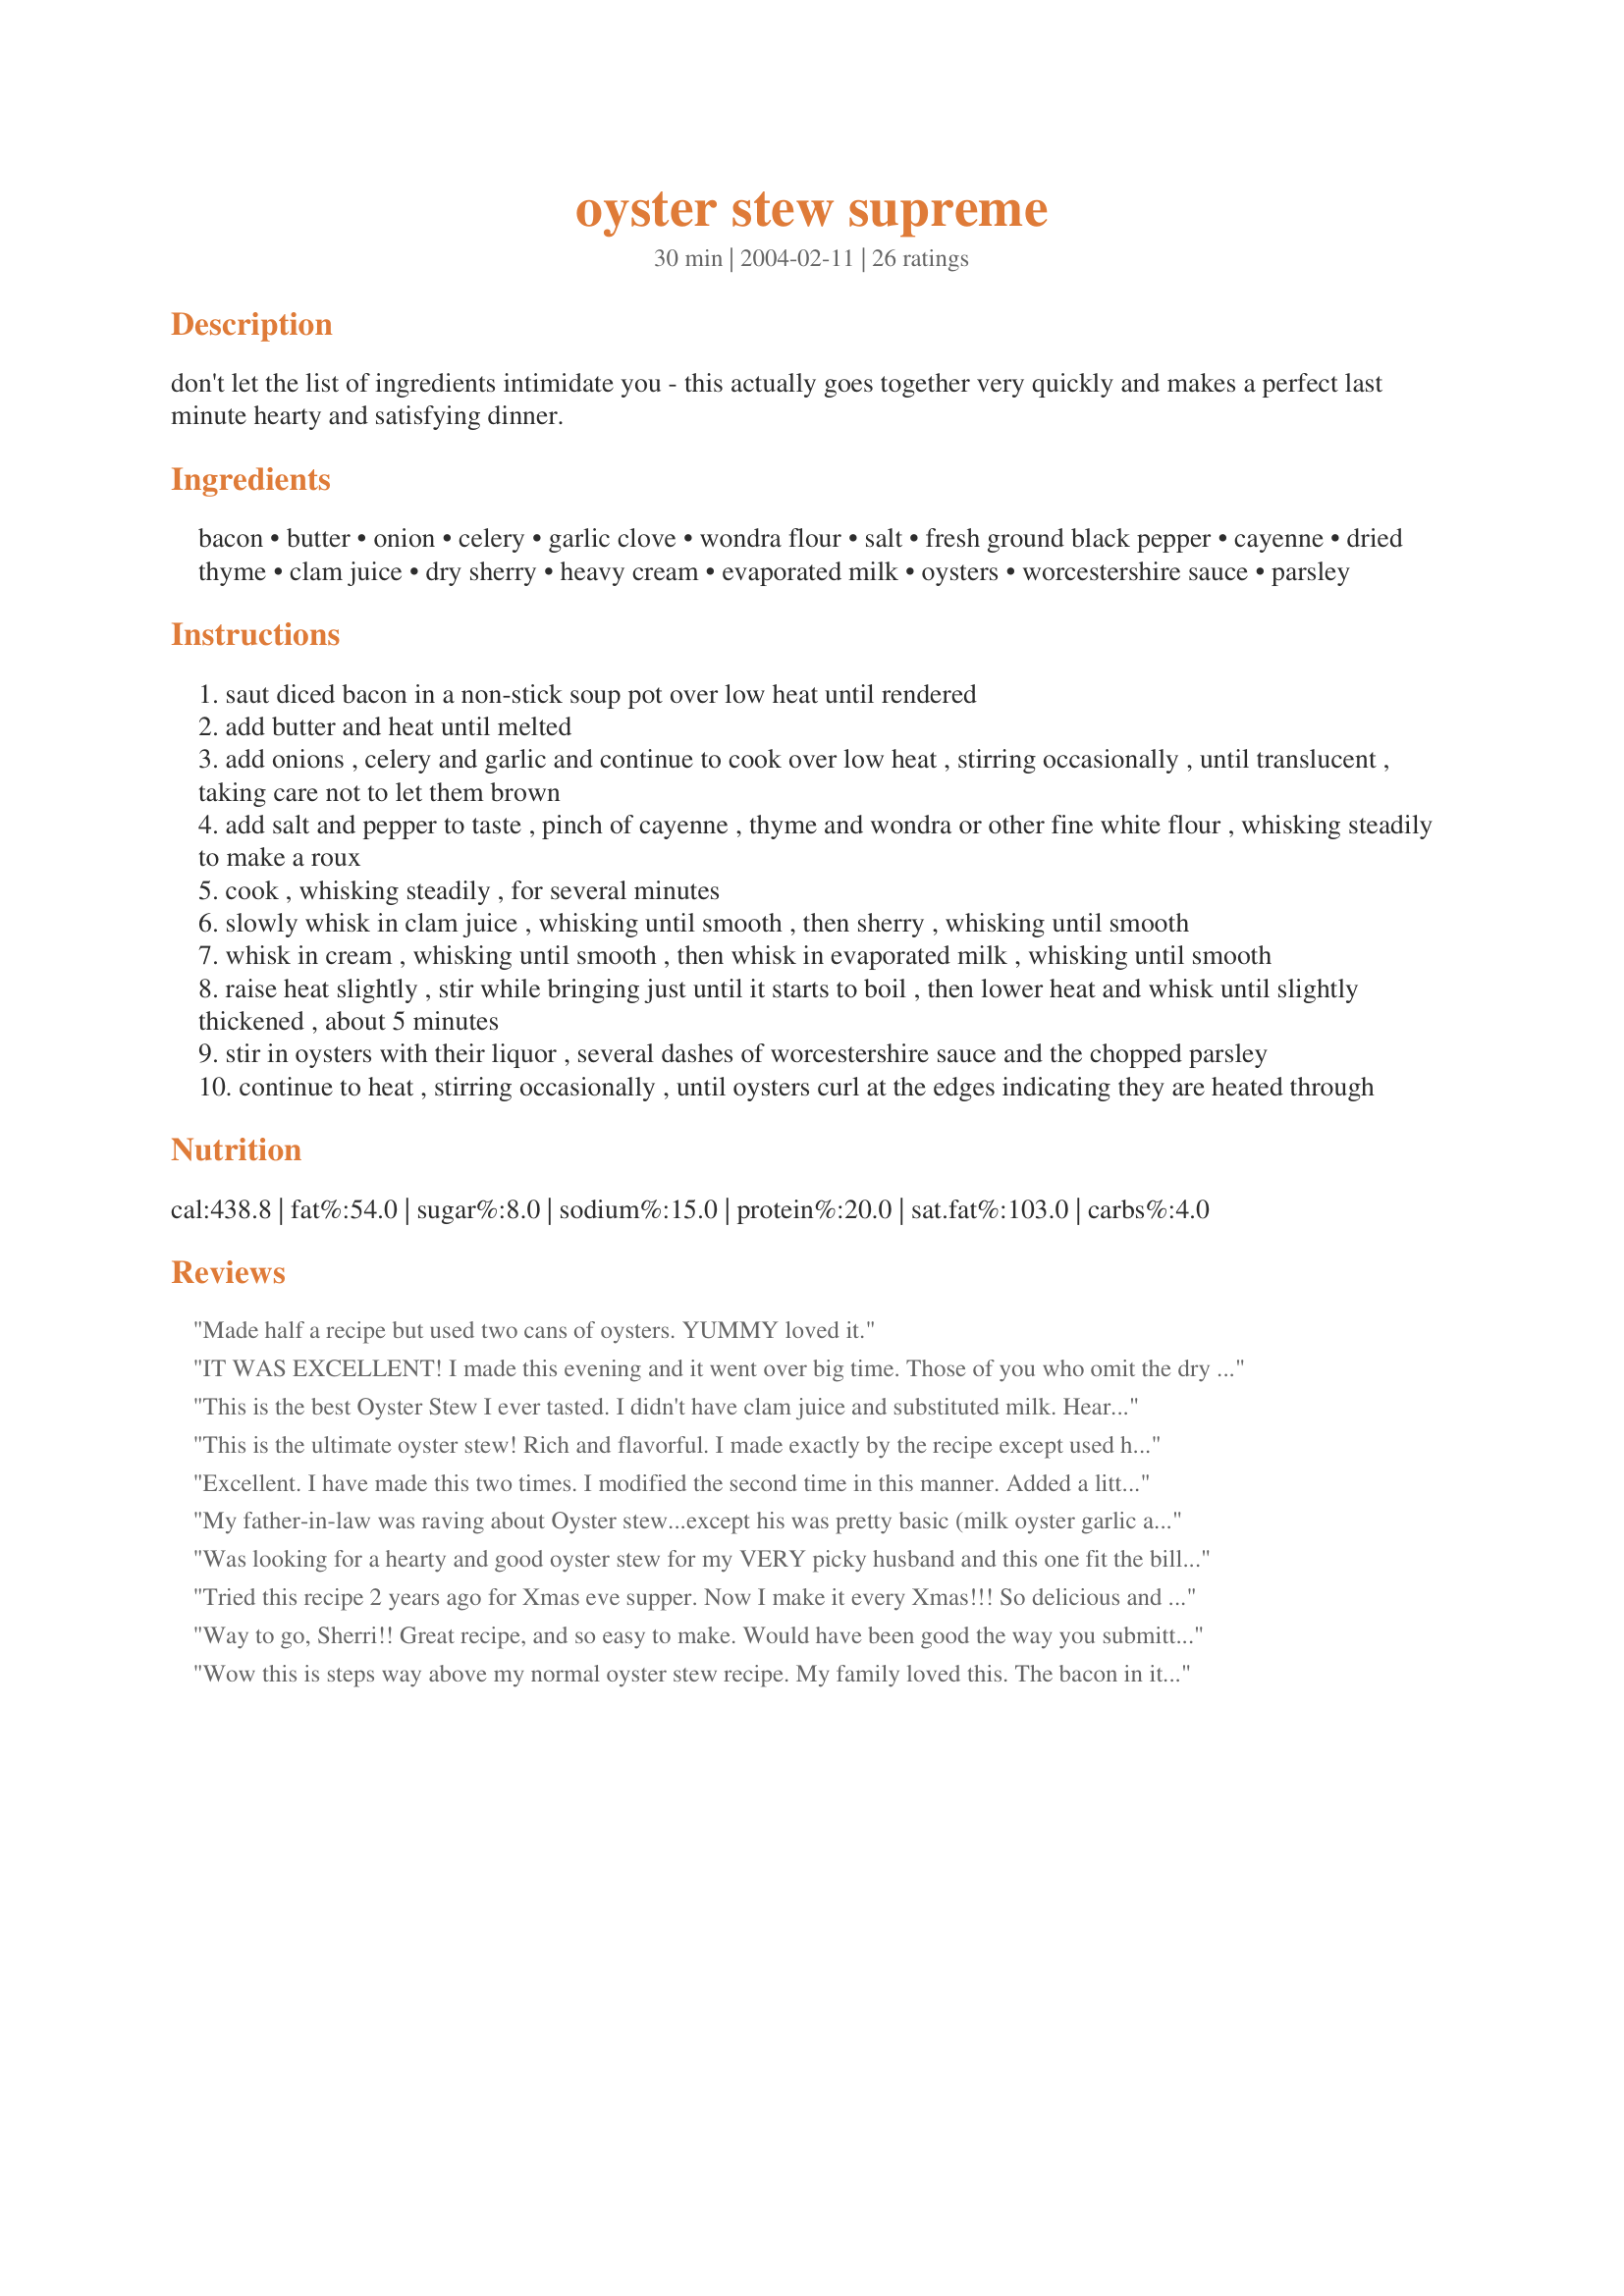
oyster stew supreme
Preparation time: 30 minutes

don't let the list of ingredients intimidate you - this actually goes together very quickly and makes a perfect last minute hearty and satisfying dinner.

Ingredients:
bacon, butter, onion, celery, garlic clove, wondra flour, salt, fresh ground black pepper, cayenne, dried thyme, clam juice, dry sherry, heavy cream, evaporated milk, oysters, worcestershire sauce, parsley

Steps:
saut diced bacon in a non-stick soup pot over low heat until rendered
add butter and heat until melted
add onions , celery and garlic and continue to cook over low heat , stirring occasionally , until translucent , taking care not to let them brown
add salt and pepper to taste , pinch of cayenne , thyme and wondra or other fine white flour , whisking steadily to make a roux
cook , whisking steadily , for several minutes
slowly whisk in clam juice , whisking until smooth , then sherry , whisking until smooth
whisk in cream , whisking until smooth , then whisk in evaporated milk , whisking until smooth
raise heat slightly , stir while bringing just until it starts to boil , then lower heat and whisk until slightly thickened , about 5 minutes
stir in oysters with their liquor , several dashes of worcestershire sauce and the chopped parsley
continue to heat , stirring occasionally , until oysters curl at the edges indicating they are heated through

Reviews:
Made half a recipe but used two cans of oysters. YUMMY loved it.
IT WAS EXCELLENT!

I made this evening and it went over big time. Those of you who omit the dry Sherry are missing a treat. I intended to have this recipe as a starter for our dinner and it became the main meal. I served it with a lightly garlic French style bread, toasted under the broiler, along with a chilled bottle of Pinot Grigio. It was excellent. 

Thank you.
This is the best Oyster Stew I ever tasted. I didn't have clam juice and substituted milk. Hearty and satisfying. Served with a slice of buttered sourdough toast. It tasted so good, I wanted more even after I was full.
This is the ultimate oyster stew!
Rich and flavorful. I made exactly by the recipe except used half and half instead of cream.
This is now our go to oyster stew recipe.
Excellent. I have made this two times. I modified the second time in this manner. Added a little milk to thin just a wee bit. Diced and steamed a potato and added it along with oysters at the end. This is an excellent recipe.
My father-in-law was raving about Oyster stew...except his was pretty basic (milk oyster garlic and milk). Although his sounded just fine I had to try this recipe. Boy am I glad I did! It is unbelievable, simple and quite frankly G-O-U-R-M-E-T!!!!!! I will definitely be making it again. The only changes I made was more garlic, about 1.5 tsp fresh thyme and instead of clam juice (none at the store) I used a little chicken broth & didn't even miss the clam flavor. If you have never tried oysters or oyster stew...you gotta try this!!!!!
Was looking for a hearty and good oyster stew for my VERY picky husband and this one fit the bill. At first the amount of ingrediants was a little surprising, but went together easy and we both loved it and I am NOT a seafood lover. I did add potatoes as suggested in another review & it was great.
Tried this recipe 2 years ago for Xmas eve supper. Now I make it every Xmas!!! So delicious and hearty. I would recommend only half a recipe if making just for 2. As with most cream based soups, it doesn't reheat well.
Way to go, Sherri!! Great recipe, and so easy to make. 
Would have been good the way you submitted, but instead of bacon, I used some leftover ham (from Easter), [cubed]; and 2 medium potatoes [cubed]. Then garnished with 3 sliced scallions. Yummy! My husband loved it, too.
Wow this is steps way above my normal oyster stew recipe. My family loved this. The bacon in it had me concerned it would overpower the oyster flavor.....not so. this is my new Christmas Eve soup from now on. thank you for sharing your recipe.
I enjoyed this oyster stew. My Dad said it is the best he has ever had in his 61 years, so that is saying something. I wish it had more oysters to cream ratio, but that is easily fixed, next time I will add another 1/2 pint or so. Thanks for your recipe!!!
P
I made this recipe today and while I love all of the flavors I found that evaporated milk and heavy cream were a bit too heavy for my tastes and added a bit if whole milk to it. Yummy.
Absolutely wonderful! I did not add the potatoes as I wanted oyster stew, which does not have potatoes. My son made this (yes, I was scared!) and he did great. He chopped the onion and celery larger than I would have but that's what gave it some texture and probably took the place of the "needed" potatoes. It was a wonderfully rich and satisfying soup that we will probably make again very soon. I did drizzle just a bit of sherry into each bowl when served - just a bit though! Excellent recipe - thanks for sharing this Sherri Dodsworth!!!!
This is so delicious! I made a half-recipe and followed it very closely. I substituted sake for the dry sherry and left out the parsley (didn't have it). I never really liked oyster stew before because it was too bland. But this is SO GOOD. I will make this again. Thanks for posting.
Wow! I had to leave out the sherry and I had to substitute evaporated milk for the heavy cream and I used cilantro instead of parsley. I made large dices of the bacon so I could lift out after cooking for my hubby but so good. I had to purchase the fresh oysters in the jars. Will I make again? You bet I will. Thanks!
Love this recipe!!!
Great recipe! I have never tried or made oyster stew before and it was a success! Very delicious!
awesome!
This recipe was easy and the results were terrific. Its the best oyster stew I&#039;ve had, and I&#039;ve tasted 40 year&#039;s worth. If you&#039;re a traditionalist with your stew, step it up with this recipe. You wont be disappointed!
This oyster stew is absolutely fantastic. I served our family this stew and they raved over it. It is very rich and creamy. one bowl is plenty. The sherry makes it soo good!
This is absolutely the best Oyster Stew I have ever tasted. However, I did alter it just a bit. I added potatos, I increased the amount of oysters and the amount of heavy cream and I added 1 cup of milk. It has the best flavor and I will fix this version of oyster stew from now on. My husband loved it too.
This is just the perfect oyster stew. The only thing I did different is cut back on the Sherry by 1/2 and added cubed steamed potatoes. I cut this recipe in half because It&#039;s just me and I ate it all in 2 and 1/2 days!! That was 2 weeks ago and I want some more!!! So I&#039;m making again tonight..I love it. Thanks so much for the recipe. This is my new go to for Oyster stew!!
I will only use this recipe from now on--excellent! Thank you for sharing!
Great tasting stew. Made this for lunch and served it with oyster crackers. We will have this from now on. Thanks for posting this recipe.
My husband said this was a nice change, but he prefers my blander version of oyster stew which I have been making for years. (Said he likes to taste the oysters, cream and butter.) Thanks for sharing, Sherri!
